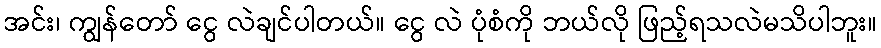
အင်း၊ ကျွန်တော် ငွေ လဲချင်ပါတယ်။ ငွေ လဲ ပုံစံကို ဘယ်လို ဖြည့်ရသလဲမသိပါဘူး။